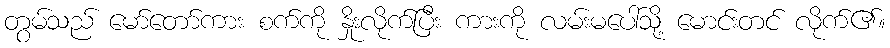
တွမ်သည် မော်တော်ကား စက်ကို နှိုးလိုက်ပြီး ကားကို လမ်းမပေါ်သို့ မောင်းတင် လိုက်၏။